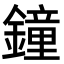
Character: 鐘